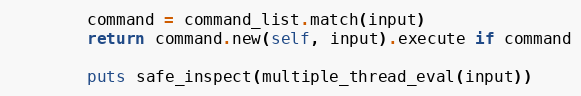
Language: Ruby
        command = command_list.match(input)
        return command.new(self, input).execute if command

        puts safe_inspect(multiple_thread_eval(input))